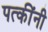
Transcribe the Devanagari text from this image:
पत्कींनी